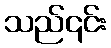
သည်၎င်း